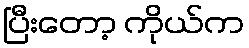
ပြီးတော့ ကိုယ်က